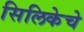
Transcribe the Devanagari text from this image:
सिलिकेचे